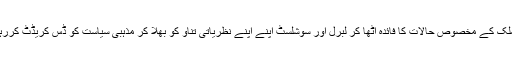
آج تو ملک کے مخصوص حالات کا فائدہ اٹھا کر لبرل اور سوشلسٹ اپنے اپنے نظریاتی تناو کو بھلا کر مذہبی سیاست کو ڈس کریڈٹ کررہے ہیں۔